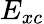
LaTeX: E_{xc}